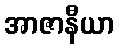
အာဇာနီယာ